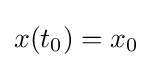
x(t_{0})=x_{0}